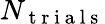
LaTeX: N_{\mathrm{~t~r~i~a~l~s~}}